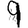
Digit: 9